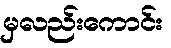
မှလည်းကောင်း